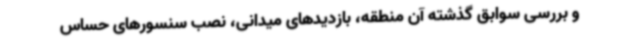
و بررسی سوابق گذشته آن منطقه، بازدیدهای میدانی، نصب سنسورهای حساس